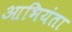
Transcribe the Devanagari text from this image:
आभियंता